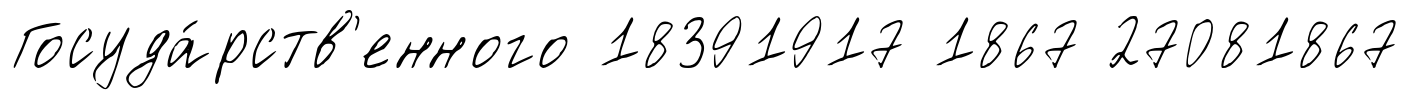
Госуда́рств'енного 18391917 1867 27081867